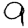
Digit: 9